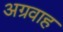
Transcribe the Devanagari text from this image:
अग्रवाह